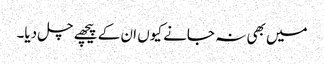
میں بھی نہ جانے کیوں ان کے پیچھے چل دیا۔